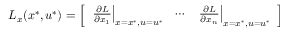
L _ { x } ( x ^ { * } , u ^ { * } ) = { \left[ \begin{array} { l l l } { \left. { \frac { \partial L } { \partial x _ { 1 } } } \right| _ { x = x ^ { * } , u = u ^ { * } } } & { \cdots } & { \left. { \frac { \partial L } { \partial x _ { n } } } \right| _ { x = x ^ { * } , u = u ^ { * } } } \end{array} \right] }